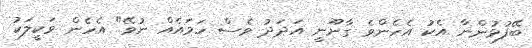
ބޭފުޅުންނާ އެކު އެހެންވެ ގާނޫނީ އަދަދު ވެސް ހަމައެއް ނުވޭ" އެހެން ވަކީލަކު